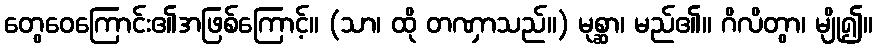
တွေဝေကြောင်း၏အဖြစ်ကြောင့်။ (သာ၊ ထို တဏှာသည်။) မုစ္ဆာ၊ မည်၏။ ဂိလိတွာ၊ မျို၍။